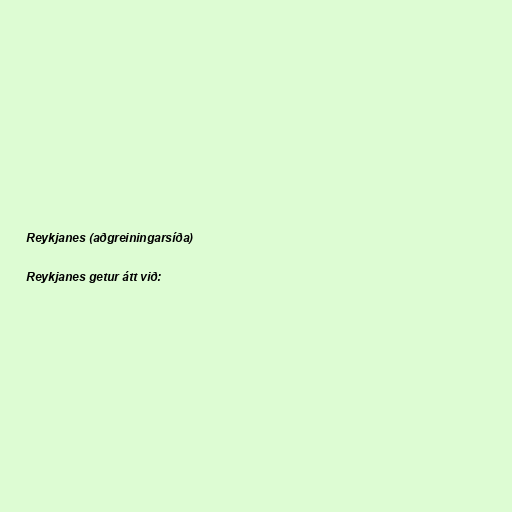
Reykjanes (aðgreiningarsíða)

Reykjanes getur átt við: